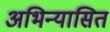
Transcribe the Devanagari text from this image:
अभिन्यासित